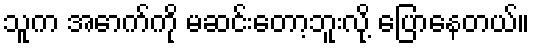
သူက အောက်ကို မဆင်းတော့ဘူးလို့ ပြောနေတယ်။